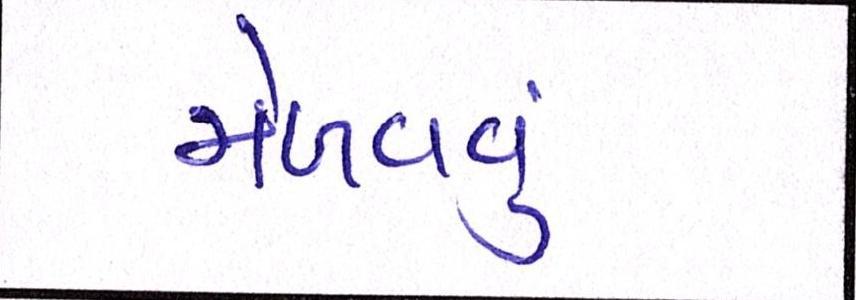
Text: મેળવવું